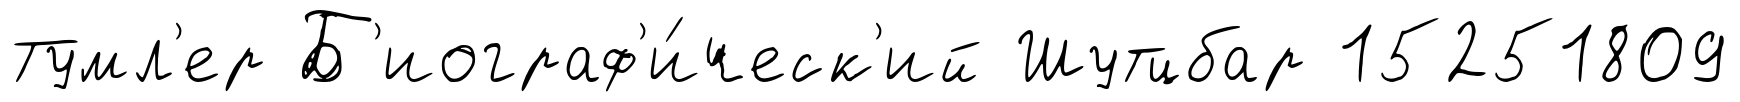
Тумл'ер Б'иограф'и́ческ'ий Шутцбар 15251809